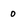
Character: 0